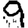
Digit: 9